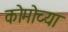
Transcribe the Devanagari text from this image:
कोमोच्या